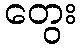
တွေး